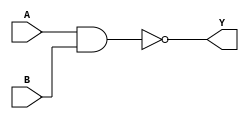
module NAND_Gate_Delay (
    input A, 
    input B, 
    output Y 
);

assign Y = ~(A & B);

endmodule